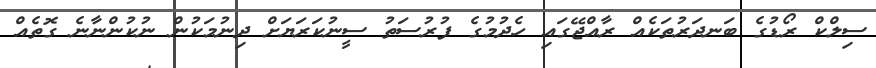
ސިލްކް ރޯޑުގެ ބަނދަރުތަކެއް ރާއްޖޭގައި ހެދުމުގެ ފުރުސަތު ސީނުކަރަޔަށް ދިނުމަކުން ނުކުންނާނެ ގޮތެއް